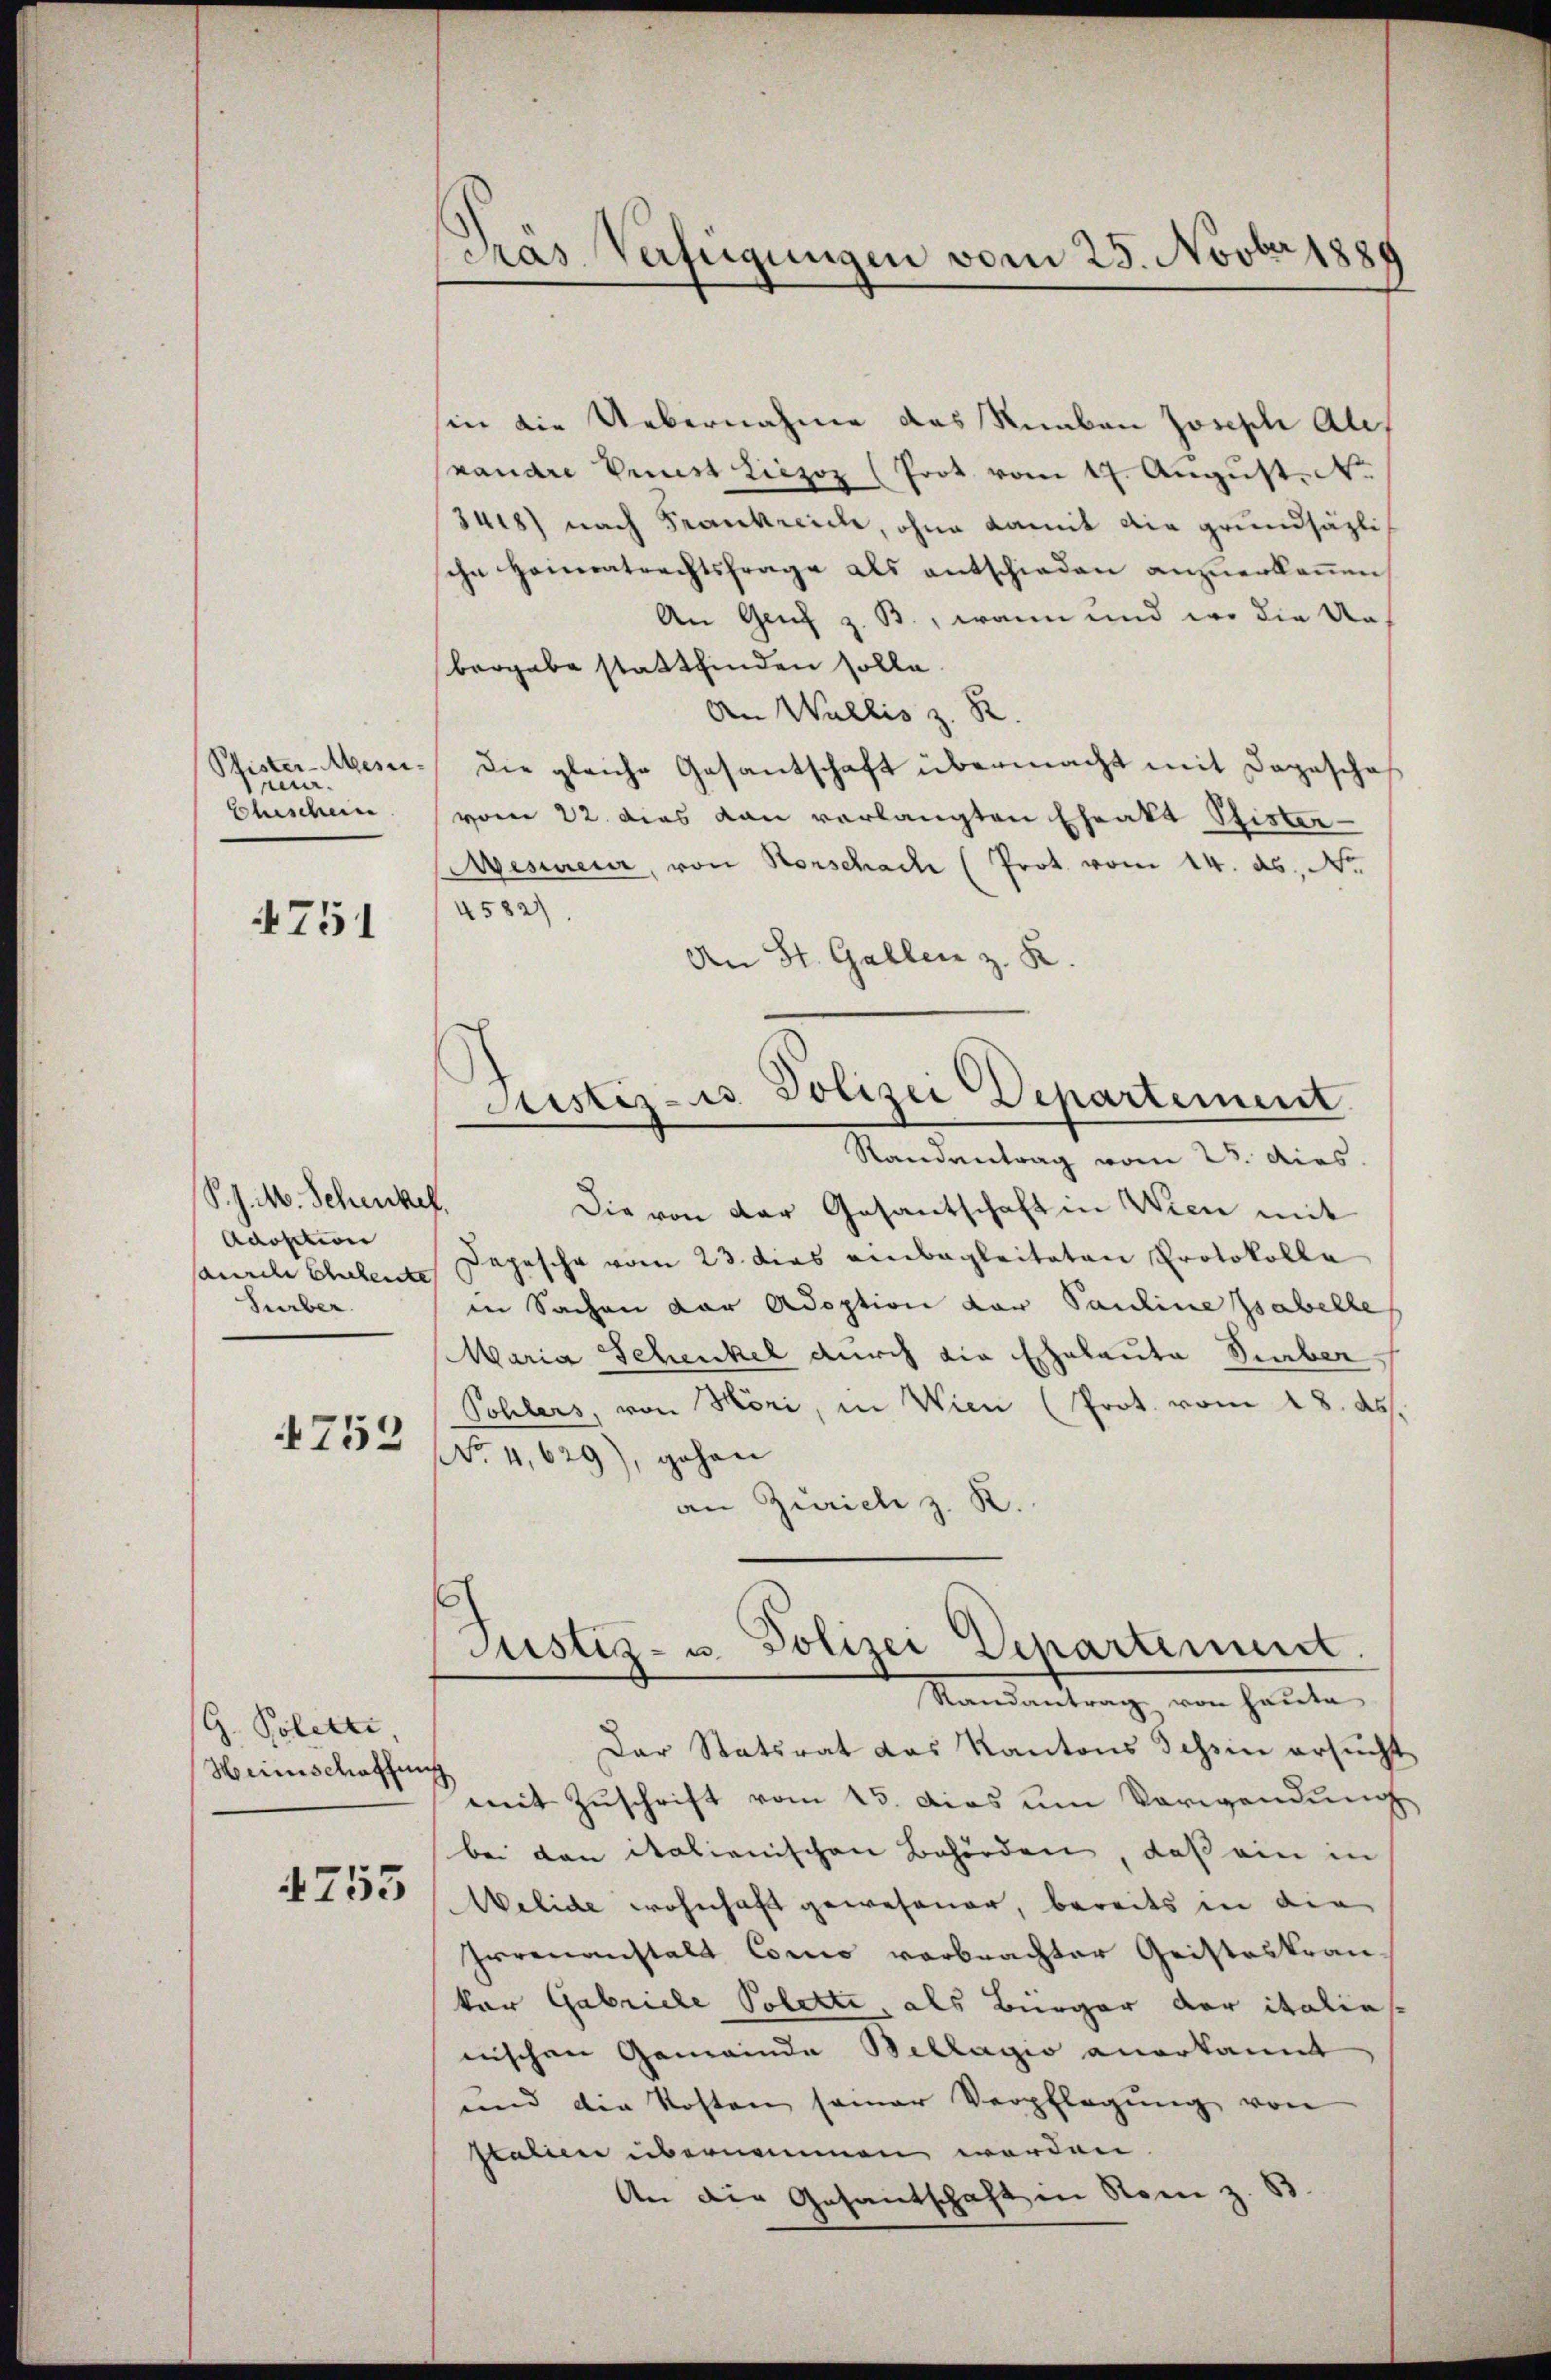
Prenir.
Schischen

4751

S. J. M. Schenkel.
Adoption
saurch Eheleute
Surber.
4752

G. Poletti,
Heimschaffung

4753

Pras Verfügungen vom 25. Novber 1889

sin die Uebernahme das Knaben Joseph Ale
srandre Verst Liezoz (Prot vom 17. August. No
348) nach Frankreich, ohne damit die grundsätzlisehn Heimratrechtsfrage als entschieden anzuerkennen,
An Genf z. B., wenn und wo die Unbergabe stattfinden solle.
An Wallis z. R.
Stister Mess. Die gleiche Gesantschaft übermacht mit Dogesche
vom 22. dies dan verlangten Eheakt Stister-
evesureur, von Horschach (Prot vom 14. ds., N.
4582).
An St. Gallen z. K
Randvertrag vom 28. dies
Die von der Gesantschaft in Wien mit
Depesche vom 23. dies einbegleiteten Protokolle
in Sachen der Adoption der Pauline Zsabelle
Maria Schenkel durch die Eheleute Serber
Sohlers, von Höri, in Wien (Prot. vom 18. ds.
No 4,629), gehen
an Zürich z. K.
Justiz- u. Polizei Departement.
Randantrag von heute
Dar Statsrat das Kantons Tessin ersucht
mit Zuschrift vom 15. Das um Verwendung
bei von italienischen Behörden, daß ein in
Welide wohnhaft gewesener, bereits in die
Irrenanstalt Como verbrachter Geisteskran
kar Gabriele Polette, als Bürger der italie
nischen Gemeinde Bellagio anerkannt
und die Kosten seiner Verpflegŭng von
stalien übernommen werden.
An die Gesantschaft in Rom z. B.

Justiz- u Polizei Departement